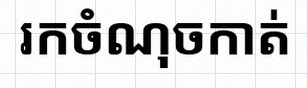
រកចំណុចកាត់